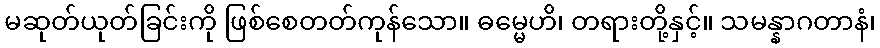
မဆုတ်ယုတ်ခြင်းကို ဖြစ်စေတတ်ကုန်သော။ ဓမ္မေဟိ၊ တရားတို့နှင့်။ သမန္နာဂတာနံ၊